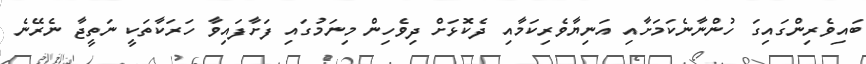
ބައިވެރިންގައިގަ ހުންނާނެކަމަށާއި އަނިޔާވެރިކަމާއި ދެކޮޅަށް ދިވެހިން މިނަމުގައި ފަށާފައިވާ ހަރަކާތަކީ ނަތީޖާ ނެރޭނެ